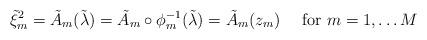
LaTeX: \begin{align*}\Tilde{\xi}_m^2=\Tilde{A}_m(\Tilde{\lambda})=\Tilde{A}_m\circ \phi _m ^{-1} (\Tilde{\lambda})=\Tilde{A}_m (z_m)\quad\hbox{ for }m=1,\ldots M\end{align*}